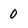
Character: 0